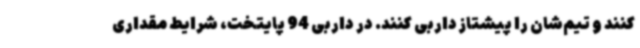
کنند و تیم‌شان را پیشتاز داربی کنند. در داربی 94 پایتخت، شرایط مقداری